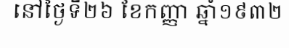
នៅថ្ងៃទី២៦ ខែកញ្ញា ឆ្នាំ១៩៣២